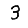
Digit: 3